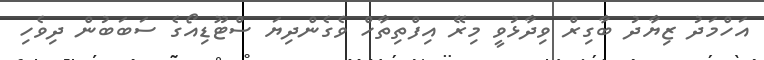
އަހްމަދު ޒިޔާދު ބާގިރް ވިދާޅުވީ މިރޭ އިފްތިތާހް ވެގެންދިޔަ ސްޓޫޑިއޯގެ ސަބަބުން ދިވެހި